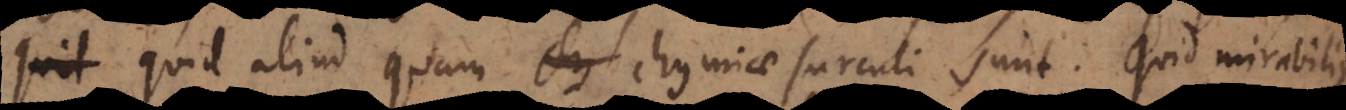
quid aliud quam chymiae surculi sunt. Quid mirabilius